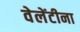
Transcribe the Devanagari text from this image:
वेलेंटीना